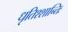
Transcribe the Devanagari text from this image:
धृतिश्शान्तिः